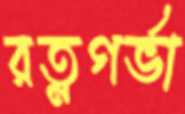
রত্নগর্ভা